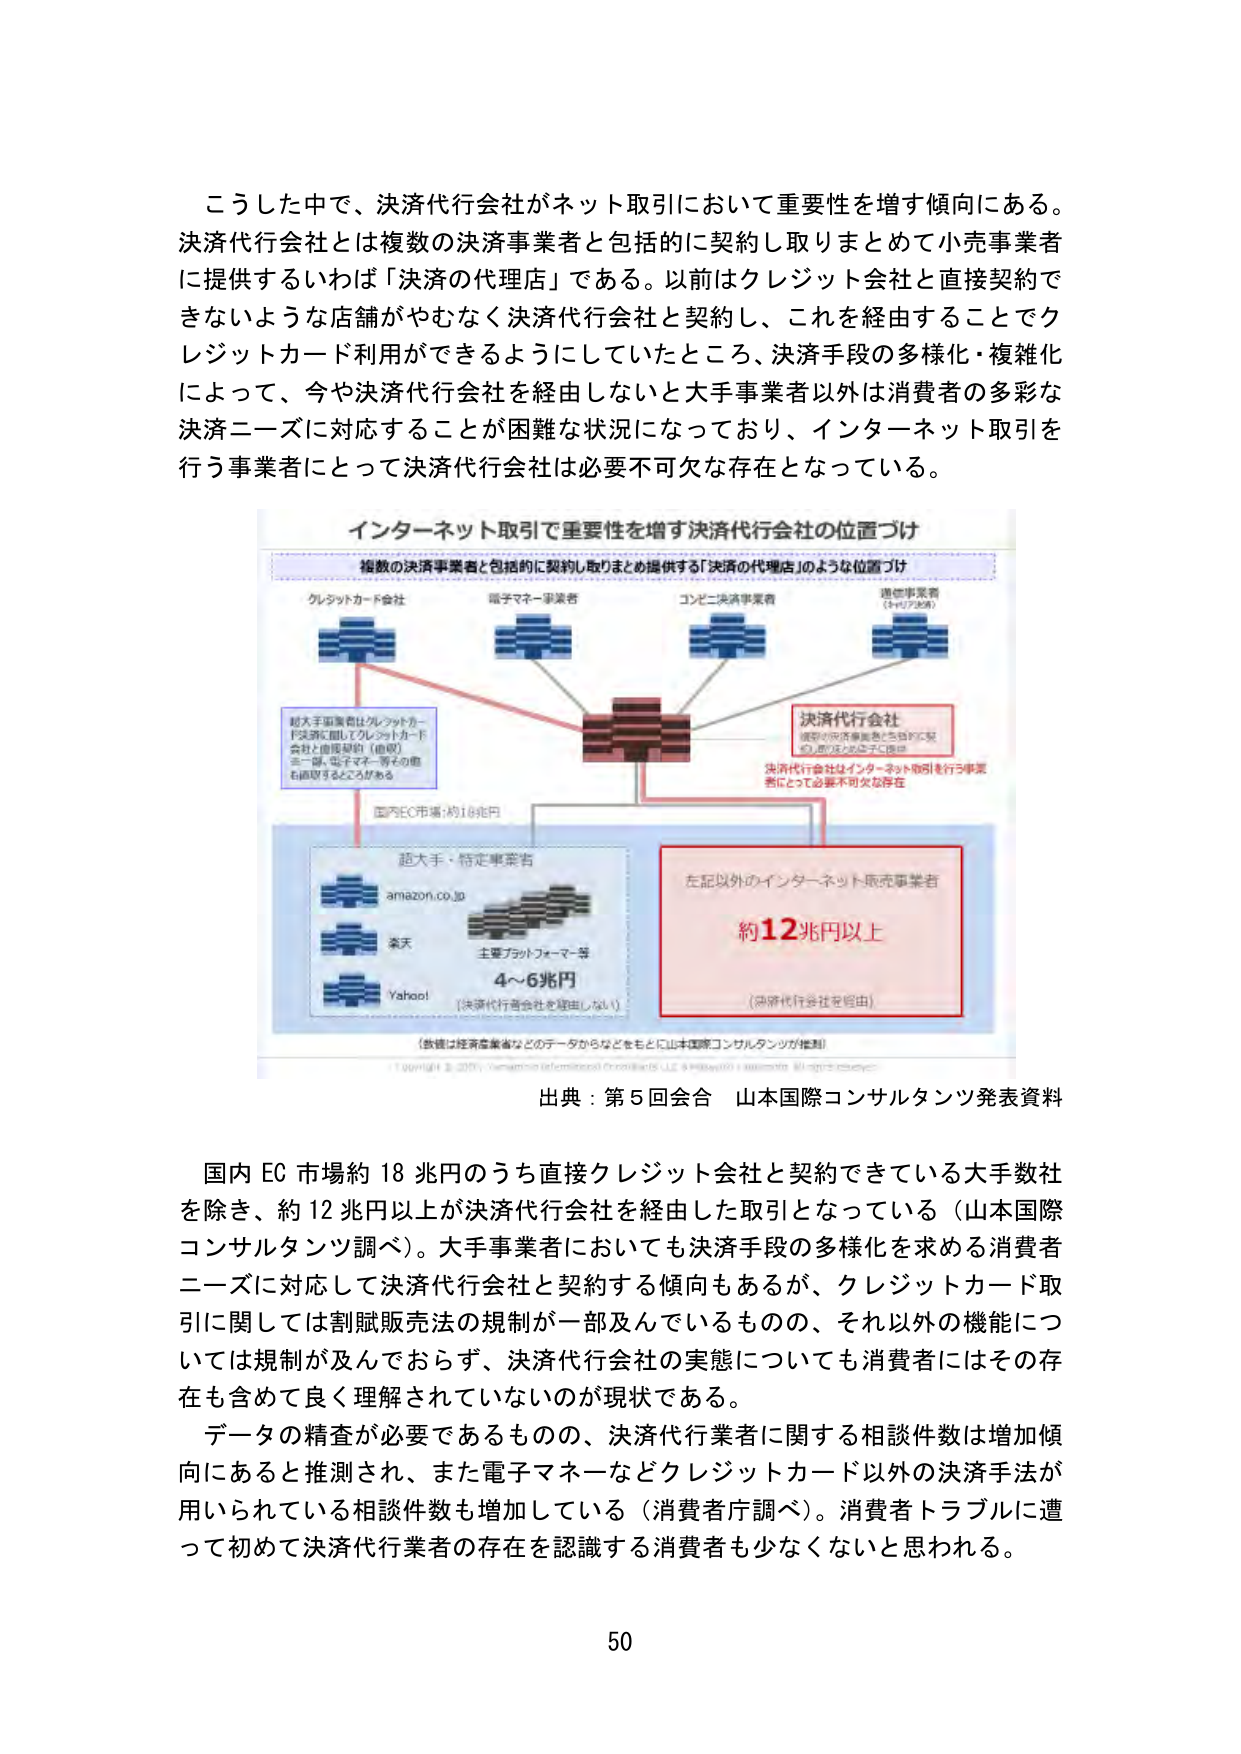
こうした中で、決済代行会社がネット取引において重要性を増す傾向にある。
決済代行会社とは複数の決済事業者と包括的に契約し取りまとめて小売事業者に提供するいわば「決済の代理店」である。以前はクレジット会社と直接契約できないような店舗がやむなく決済代行会社と契約し、これを経由することでクレジットカード利用ができるようにしていたところ、決済手段の多様化・複雑化によって、今や決済代行会社を経由しないと大手事業者以外は消費者の多彩な決済ニーズに対応することが困難な状況になっており、インターネット取引を行う事業者にとって決済代行会社は必要不可欠な存在となっている。

インターネット取引で重要性を増す決済代行会社の位置づけ
複数の決済事業者と包括的に契約し取りまとめ提供する「決済の代理店」のような位置づけ
クレジットカード会社
電子マネー事業者
コンビニ決済事業者
通信事業者（キャリア決済）
超大手事業者はクレジットカード決済に関してクレジットカード会社と直接契約（直営）を一括、電子マネー等その他の取引も直営するところがある
決済代行会社
複数の決済事業者と包括的に契約し取りまとめ提供
決済代行会社はインターネット取引を行う事業者にとって必要不可欠な存在
国内EC市場：約18兆円
超大手・特定事業者
amazon.co.jp
楽天
主要プラットフォーマー等
4～6兆円
（決済代行会社を経由しない）
左記以外のインターネット販売事業者
約12兆円以上
（決済代行会社を経由）
（数値は経済産業省などのデータからなどをもとに山本国際コンサルタンツが推計）
Copyright © 2021, Yamamoto International Consultants, LLC. All rights reserved.
出典：第5回会合 山本国際コンサルタンツ発表資料

国内 EC 市場約 18 兆円のうち直接クレジット会社と契約できている大手数社を除き、約 12 兆円以上が決済代行会社を経由した取引となっている（山本国際コンサルタンツ調べ）。大手事業者においても決済手段の多様化を求める消費者ニーズに対応して決済代行会社と契約する傾向もあるが、クレジットカード取引に関しては割賦販売法の規制が一部及んでいるものの、それ以外の機能については規制が及んでおらず、決済代行会社の実態についても消費者にはその存在も含めて良く理解されていないのが現状である。
データの精査が必要であるものの、決済代行業者に関する相談件数は増加傾向にあると推測され、また電子マネーなどクレジットカード以外の決済手法が用いられている相談件数も増加している（消費者庁調べ）。消費者トラブルに遭って初めて決済代行業者の存在を認識する消費者も少なくないと思われる。

50